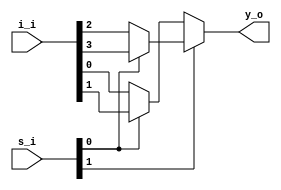
//--------------------------------------------------------------------------------
// Dependencies : 
// Description  : 4 to 1 multiplexer
//--------------------------------------------------------------------------------

module mux_4_to_1(
  input  [3:0] i_i, // Input Lines
  input  [1:0] s_i, // Select Lines
  output       y_o  // Output
);
  
  // Combinational Logic
  assign y_o = (s_i[1] ? (s_i[0] ? i_i[3] : i_i[2]) : 
                         (s_i[0] ? i_i[1] : i_i[0]));
  
endmodule